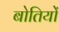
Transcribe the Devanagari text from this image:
बोतियों